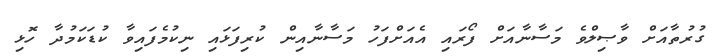
ގުރުތާއަށް ވާޞިލްވެ މަސާނާއަށް ފޯރައި އެއަށްފަހު މަސާނާއިން ކުރިފަޅައި ނިކުމެފައިވާ ކުޑަކަމުދާ ހޮޅި